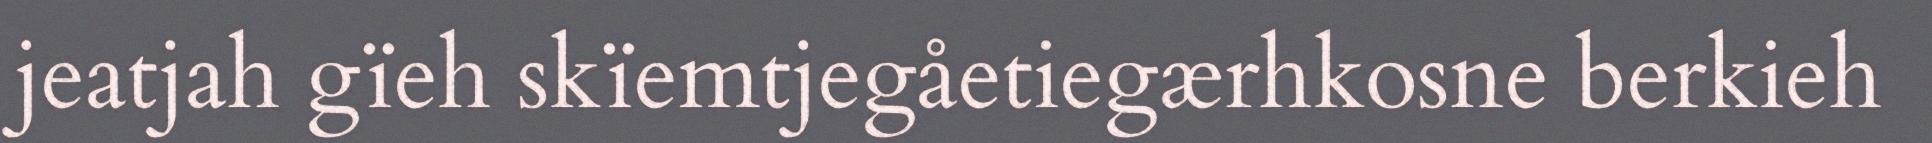
jeatjah gïeh skïemtjegåetiegærhkosne berkieh